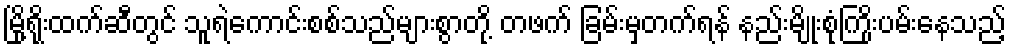
မြို့ရိုးထက်ဆီတွင် သူရဲကောင်းစစ်သည်များစွာတို့ တဖက် ခြမ်းမှတက်ရန် နည်းမျိုးစုံကြိုးပမ်းနေသည့်